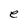
Character: e